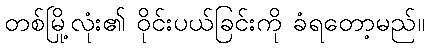
တစ်မြို့လုံး၏ ဝိုင်းပယ်ခြင်းကို ခံရတော့မည်။